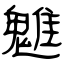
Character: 魋